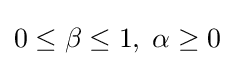
0\leq \beta \leq 1,\;\alpha \geq 0